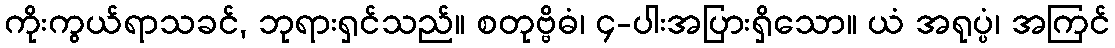
ကိုးကွယ်ရာသခင်, ဘုရားရှင်သည်။ စတုဗ္ဗိဓံ၊ ၄-ပါးအပြားရှိသော။ ယံ အရုပ္ပံ၊ အကြင်